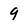
Character: 9